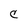
Character: C